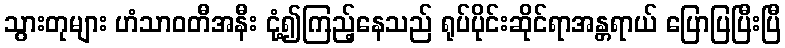
သွားတုများ ဟံသာဝတီအနီး ငုံ့၍ကြည့်နေသည် ရုပ်ပိုင်းဆိုင်ရာအန္တရာယ် ပြောပြပြီးပြီ